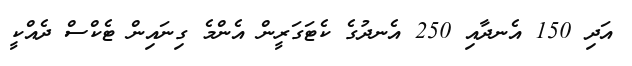
އަދި 150 އެނދާއި 250 އެނދުގެ ކެޓަގަރީން އެންމެ ގިނައިން ޓެކްސް ދެއްކީ